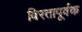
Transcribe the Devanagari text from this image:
विरतापूर्वक